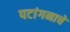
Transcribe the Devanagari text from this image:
पटांगनाचे